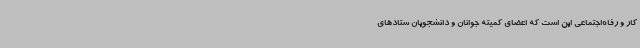
کار و رفاه‌اجتماعی این است که اعضای کمیته جوانان و دانشجویان ستادهای